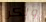
ولكن